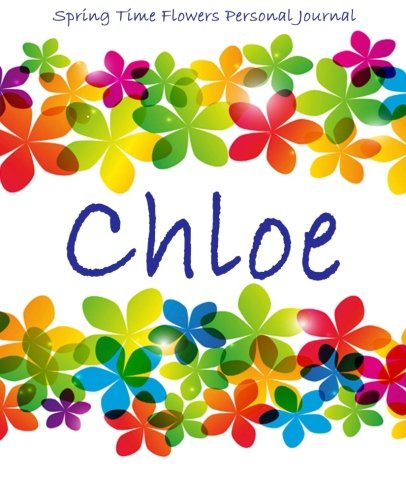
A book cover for Spring Time Flowers Personal Journal - Chloe; Kooky Journal Lovers; Business & Money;